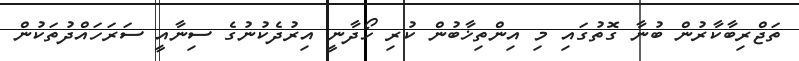
ތަޖްރިބާކާރުން ބުނާ ގޮތުގައި މި އިންތިޚާބުން ކުރި ހޯދާނީ އިރުދެކުނުގެ ސިނާއީ ސަރަހައްދުތަކުން